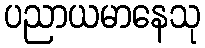
ပညာယမာနေသု